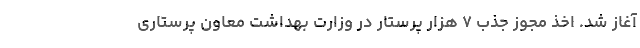
آغاز شد. اخذ مجوز جذب ۷ هزار پرستار در وزارت بهداشت معاون پرستاری